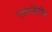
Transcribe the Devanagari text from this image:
एकत्रिरीत